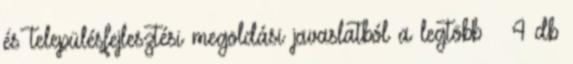
és településfejlesztési megoldási javaslatból a legtöbb – 4 db